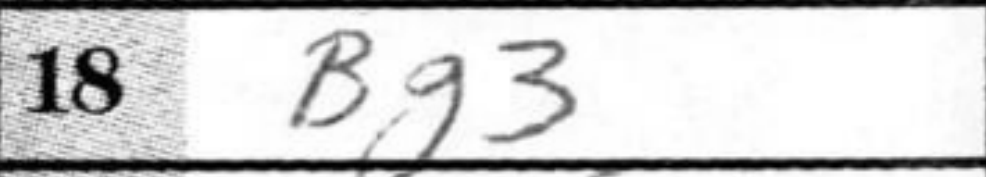
Transcription: Bg3